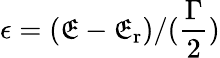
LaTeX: \epsilon=(\mathfrak{E}-\mathfrak{E}_{\mathrm{{r}}})/(\frac{{\Gamma}}{{2}})